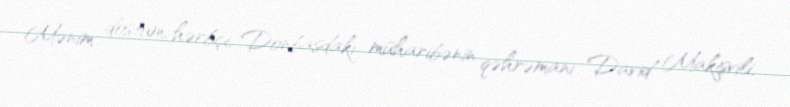
Mənim dostum, hərbçi, Donbasdakı müharibənin qəhrəmanı David Makişvili,